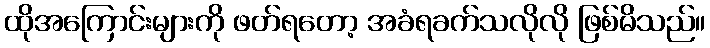
ထိုအကြောင်းများကို ဖတ်ရတော့ အခံရခက်သလိုလို ဖြစ်မိသည်။